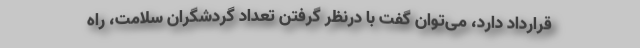
قرارداد دارد، می‌توان گفت با درنظر گرفتن تعداد گردشگران سلامت، راه